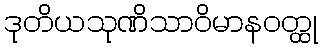
ဒုတိယသုဏိသာဝိမာနဝတ္ထု